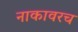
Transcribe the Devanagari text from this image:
नाकावरच